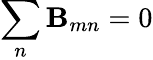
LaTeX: \sum_{n}\mathbf{B}_{mn}=0